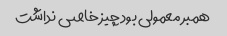
همبر معمولی بود چیز خاصی نداشت